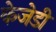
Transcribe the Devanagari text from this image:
केजेडी